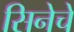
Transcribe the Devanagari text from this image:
सिनेचे